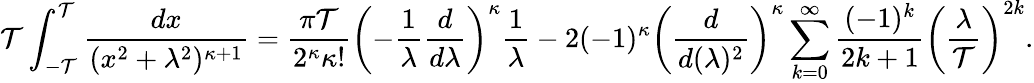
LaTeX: \mathcal{T}\int_{-\mathcal{T}}^{\mathcal{T}}\frac{{dx}}{{(x^{2}+\lambda^{2})^{\kappa+1}}}=\frac{{\pi\mathcal{T}}}{{2^{\kappa}\kappa!}}\left(-\frac{{1}}{{\lambda}}\frac{{d}}{{d\lambda}}\right)^{\kappa}\frac{{1}}{{\lambda}}-2(-1)^{\kappa}\left(\frac{{d}}{{d(\lambda)^{2}}}\right)^{\kappa}\sum_{k=0}^{\infty}\frac{{(-1)^{k}}}{{2k+1}}\left(\frac{{\lambda}}{{\mathcal{T}}}\right)^{2k}.